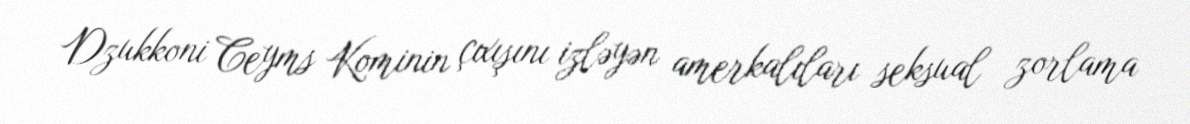
Dzukkoni Ceyms Kominin çıxışını izləyən amerkalıları seksual zorlama